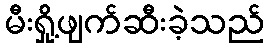
မီးရှို့ဖျက်ဆီးခဲ့သည်